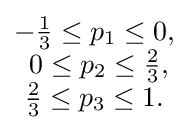
{\begin{matrix}-{\tfrac {1}{3}}\leq p_{1}\leq 0,\\\ 0\leq p_{2}\leq {\tfrac {2}{3}},\\{\frac {2}{3}}\leq p_{3}\leq 1.\end{matrix}}